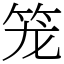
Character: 笼